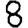
Digit: 8